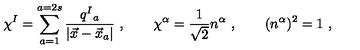
\chi ^ { I } = \sum _ { a = 1 } ^ { a = 2 s } \frac { q ^ { I } { } _ { a } } { | \vec { x } - \vec { x } _ { a } | } \ , \qquad \chi ^ { \alpha } = { \frac { 1 } { \sqrt 2 } } n ^ { \alpha } \ , \qquad ( n ^ { \alpha } ) ^ { 2 } = 1 \ ,